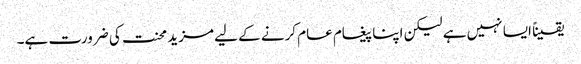
یقیناً ایسا نہیں ہے لیکن اپنا پیغام عام کرنے کے لیے مزید محنت کی ضرورت ہے۔